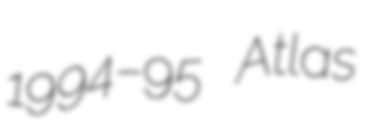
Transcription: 1994–95 Atlas